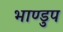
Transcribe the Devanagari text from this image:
भाण्डुप